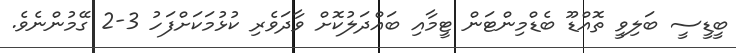
ބީޑީސީ ބަލިވީ ތޮއްޑޫ ބެޑްމިންޓަން ޓީމާއި ބައްދަލުކޮށް ވާދަވެރި ކުޅުމަކަށްފަހު 3-2 ގޭމުންނެވެ.